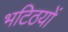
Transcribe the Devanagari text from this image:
भटिठयों